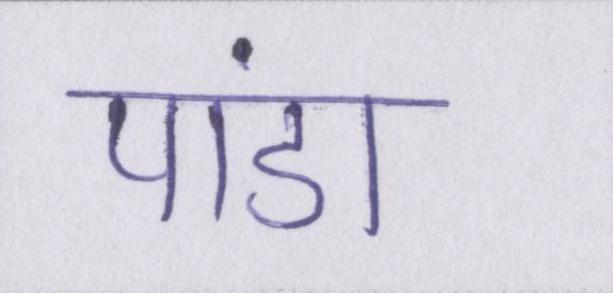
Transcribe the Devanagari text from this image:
पांडा